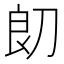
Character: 㓪